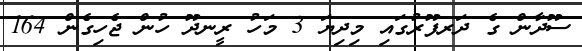
ސޫދާން ގެ ދަރފޫރުގައި މިދިޔަ 3 މަހު ރީނދޫ ހުން ޖެހިގެން 164